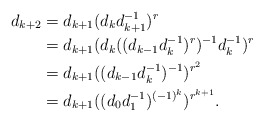
\begin{align*}d_{k+2} &= d_{k+1} (d_kd_{k+1}^{-1})^{r}\\&= d_{k+1} (d_k ((d_{k-1}d_k^{-1})^r)^{-1} d_k^{-1})^r\\&= d_{k+1} ((d_{k-1}d_k^{-1})^{-1})^{r^{2}}\\&= d_{k+1} ((d_0 d_1^{-1})^{(-1)^k})^{r^{k+1}}.\end{align*}